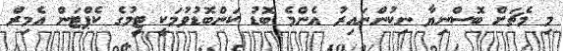
މި މެޗަށް ބޮސްނިޔާ ނިކުންނައިރު އެންމެ ބޮޑު ކަންބޮޑުވުމަކީ ޓީމުގެ ކެޕްޓަން އެމިރް